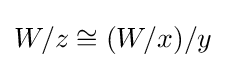
W/z\cong (W/x)/y